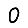
Digit: 0